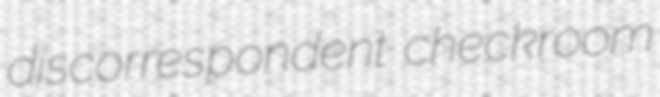
discorrespondent checkroom